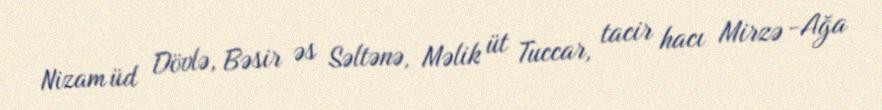
Nizam üd Dövlə, Bəsir əs Səltənə, Məlik üt Tuccar, tacir hacı Mirzə -Ağa